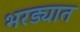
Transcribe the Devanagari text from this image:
भरड्यात